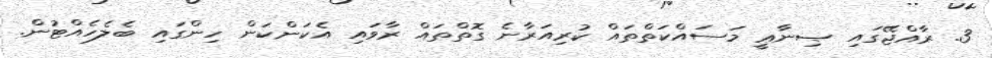
3. ރާއްޖޭގައި ޞިނާޢީ މަސައްކަތްތައް ކުރިއަރާނެ ގޮތްތައް ރާވައި އެކަންކަން ހިންގައި ބެލެހެއްޓުން.